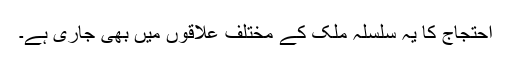
احتجاج کا یہ سلسلہ ملک کے مختلف علاقوں میں بھی جاری ہے۔